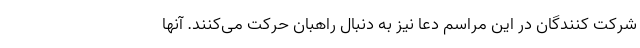
شرکت کنندگان در این مراسم دعا نیز به دنبال راهبان حرکت می‌کنند. آنها